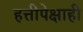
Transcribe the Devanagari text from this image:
हत्तीपेक्षाही